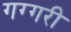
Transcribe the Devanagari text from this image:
गग्गरी